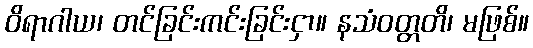
ဝိရာဂါယ၊ တင်ခြင်းကင်းခြင်းငှာ။ နသံဝတ္တတိ၊ မဖြစ်။